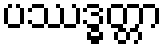
ပဿဒ္ဓတ္တာ